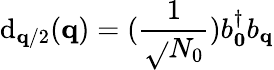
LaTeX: \mathrm{d}_{{\mathbf{{q}}}/2}({\mathbf{{q}}})=(\frac{{1}}{{\sqrt{}{{N_{0}}}}})b_{{\mathbf{{0}}}}^{\dagger}b_{{\mathbf{{q}}}}